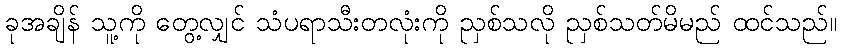
ခုအချိန် သူ့ကို တွေ့လျှင် သံပရာသီးတလုံးကို ညှစ်သလို ညှစ်သတ်မိမည် ထင်သည်။